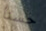
حسنا